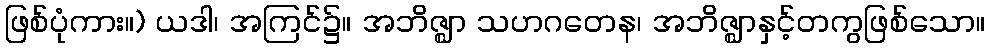
ဖြစ်ပုံကား။) ယဒါ၊ အကြင်၌။ အဘိဇ္ဈာ သဟဂတေန၊ အဘိဇ္ဈာနှင့်တကွဖြစ်သော။